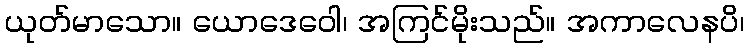
ယုတ်မာသော။ ယောဒေဝေါ၊ အကြင်မိုးသည်။ အကာလေနပိ၊